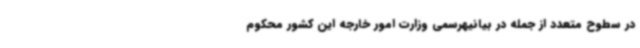
در سطوح متعدد از جمله در بیانیهرسمی وزارت امور خارجه این کشور محکوم